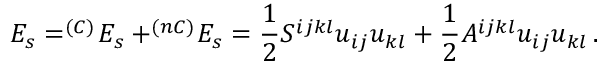
E _ { s } = ^ { ( C ) } \! E _ { s } + ^ { ( n C ) } \! E _ { s } = \frac 1 2 S ^ { i j k l } u _ { i j } u _ { k l } + \frac 1 2 A ^ { i j k l } u _ { i j } u _ { k l } \, .